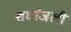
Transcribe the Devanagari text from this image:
शर्धांजली